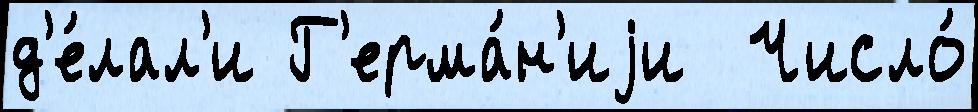
д'е́лал'и Г'ерма́н'иjи  Число́